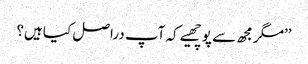
’’مگر مجھ سے پوچھیے کہ آپ دراصل کیا ہیں؟